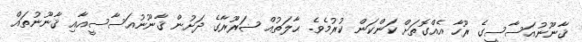
ޤާނޫނުއަސާސީގެ ރޫހާ އެއްގޮތަށް ކަންކަން ކުރުމެވެ. ޙާލަތުއް ޟަރޫރާގެ ދަށުން ޤާނޫނުއަސާސީއާއި ޤާނޫނުތައް